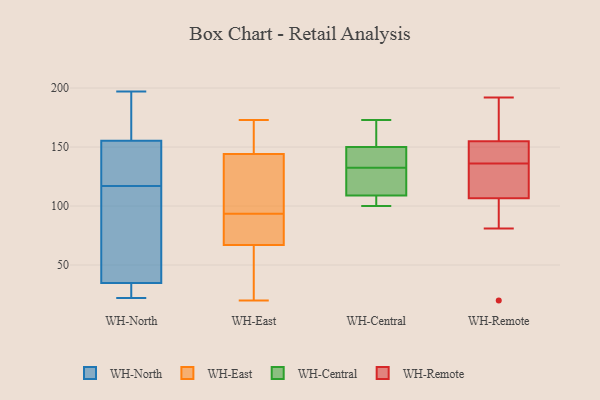
{"axis": {"x": "Waste Production (Tons)", "y": "Value"}, "legend": ["WH-Central", "WH-East", "WH-North", "WH-Remote"], "data": [{"x": "", "y": 117, "type": "WH-North"}, {"x": "", "y": 191, "type": "WH-North"}, {"x": "", "y": 153, "type": "WH-North"}, {"x": "", "y": 99, "type": "WH-North"}, {"x": "", "y": 33, "type": "WH-North"}, {"x": "", "y": 149, "type": "WH-North"}, {"x": "", "y": 176, "type": "WH-North"}, {"x": "", "y": 24, "type": "WH-North"}, {"x": "", "y": 40, "type": "WH-North"}, {"x": "", "y": 197, "type": "WH-North"}, {"x": "", "y": 82, "type": "WH-North"}, {"x": "", "y": 147, "type": "WH-North"}, {"x": "", "y": 32, "type": "WH-North"}, {"x": "", "y": 156, "type": "WH-North"}, {"x": "", "y": 22, "type": "WH-North"}, {"x": "", "y": 90, "type": "WH-East"}, {"x": "", "y": 173, "type": "WH-East"}, {"x": "", "y": 49, "type": "WH-East"}, {"x": "", "y": 118, "type": "WH-East"}, {"x": "", "y": 66, "type": "WH-East"}, {"x": "", "y": 67, "type": "WH-East"}, {"x": "", "y": 131, "type": "WH-East"}, {"x": "", "y": 88, "type": "WH-East"}, {"x": "", "y": 97, "type": "WH-East"}, {"x": "", "y": 70, "type": "WH-East"}, {"x": "", "y": 144, "type": "WH-East"}, {"x": "", "y": 20, "type": "WH-East"}, {"x": "", "y": 167, "type": "WH-East"}, {"x": "", "y": 170, "type": "WH-East"}, {"x": "", "y": 170, "type": "WH-Central"}, {"x": "", "y": 132, "type": "WH-Central"}, {"x": "", "y": 145, "type": "WH-Central"}, {"x": "", "y": 173, "type": "WH-Central"}, {"x": "", "y": 124, "type": "WH-Central"}, {"x": "", "y": 100, "type": "WH-Central"}, {"x": "", "y": 108, "type": "WH-Central"}, {"x": "", "y": 108, "type": "WH-Central"}, {"x": "", "y": 110, "type": "WH-Central"}, {"x": "", "y": 142, "type": "WH-Central"}, {"x": "", "y": 133, "type": "WH-Central"}, {"x": "", "y": 155, "type": "WH-Central"}, {"x": "", "y": 139, "type": "WH-Remote"}, {"x": "", "y": 192, "type": "WH-Remote"}, {"x": "", "y": 153, "type": "WH-Remote"}, {"x": "", "y": 81, "type": "WH-Remote"}, {"x": "", "y": 105, "type": "WH-Remote"}, {"x": "", "y": 108, "type": "WH-Remote"}, {"x": "", "y": 20, "type": "WH-Remote"}, {"x": "", "y": 188, "type": "WH-Remote"}, {"x": "", "y": 132, "type": "WH-Remote"}, {"x": "", "y": 135, "type": "WH-Remote"}, {"x": "", "y": 157, "type": "WH-Remote"}, {"x": "", "y": 137, "type": "WH-Remote"}]}